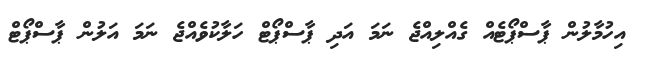
އިހުމާލުން ޕާސްޕޯޓެއް ގެއްލިއްޖެ ނަމަ އަދި ޕާސްޕޯޓް ހަލާކުވެއްޖެ ނަމަ އަލުން ޕާސްޕޯޓް